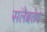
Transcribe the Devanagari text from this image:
सलेब्रतेद